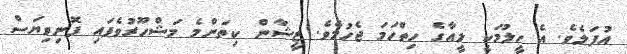
އުފަލެވެ. އެ ހީލުމަކީ ލީއާގެ ހިތްހަމަ ޖެހުމެވެ. ޒީޝާން ކިތަންމެ މަޝްހޫރުވެފައި ފޮނިވިޔަސް